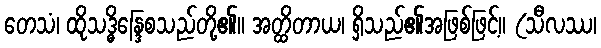
တေသံ၊ ထိုသဒ္ဓိန္ဒြေစသည်တို့၏။ အတ္ထိတာယ၊ ရှိသည်၏အဖြစ်ဖြင့်။ (သီလဿ၊